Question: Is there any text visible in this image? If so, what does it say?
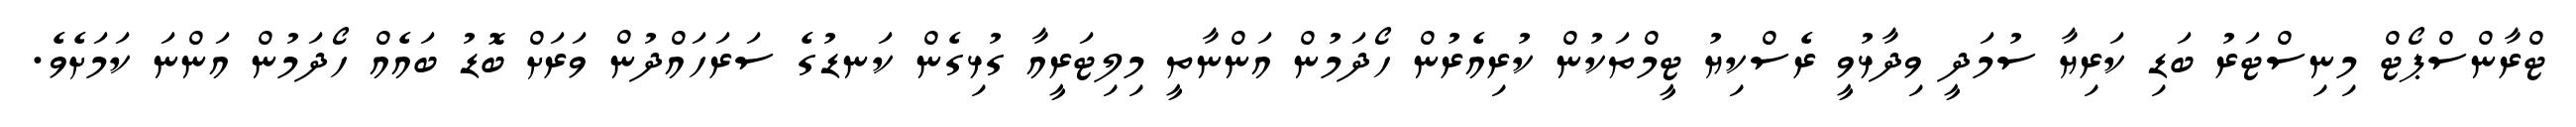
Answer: ޓްރާންސްޕޯޓް މިނިސްޓަރު ބަޑި ކަރިޔާ ސުމަދީ ވިދާޅުވީ ރެސްކިޔު ޓީމްތަކުން ކުރިއެރުން ހޯދަމުން އަންނާތީ މިލިޓަރީއާ ގުޅިގެން ކަނޑުގެ ސަރަހައްދުން ވަރަށް ބޮޑު ބައެއް ހޯދަމުން އަންނަ ކަމަށެވެ.